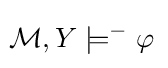
\!{\mathcal {M}},Y\models ^{-}\varphi